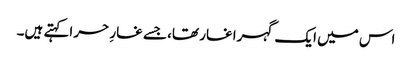
اس میں ایک گہرا غار تھا، جسے غارِ حر اکہتے ہیں۔